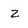
Character: z